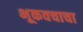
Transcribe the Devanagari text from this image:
भूकवचाचा